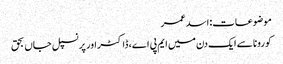
موضوعات:اسد عمر
کورونا سے ایک دن میں ایم پی اے، ڈاکٹر اور پرنسپل جاں بحق